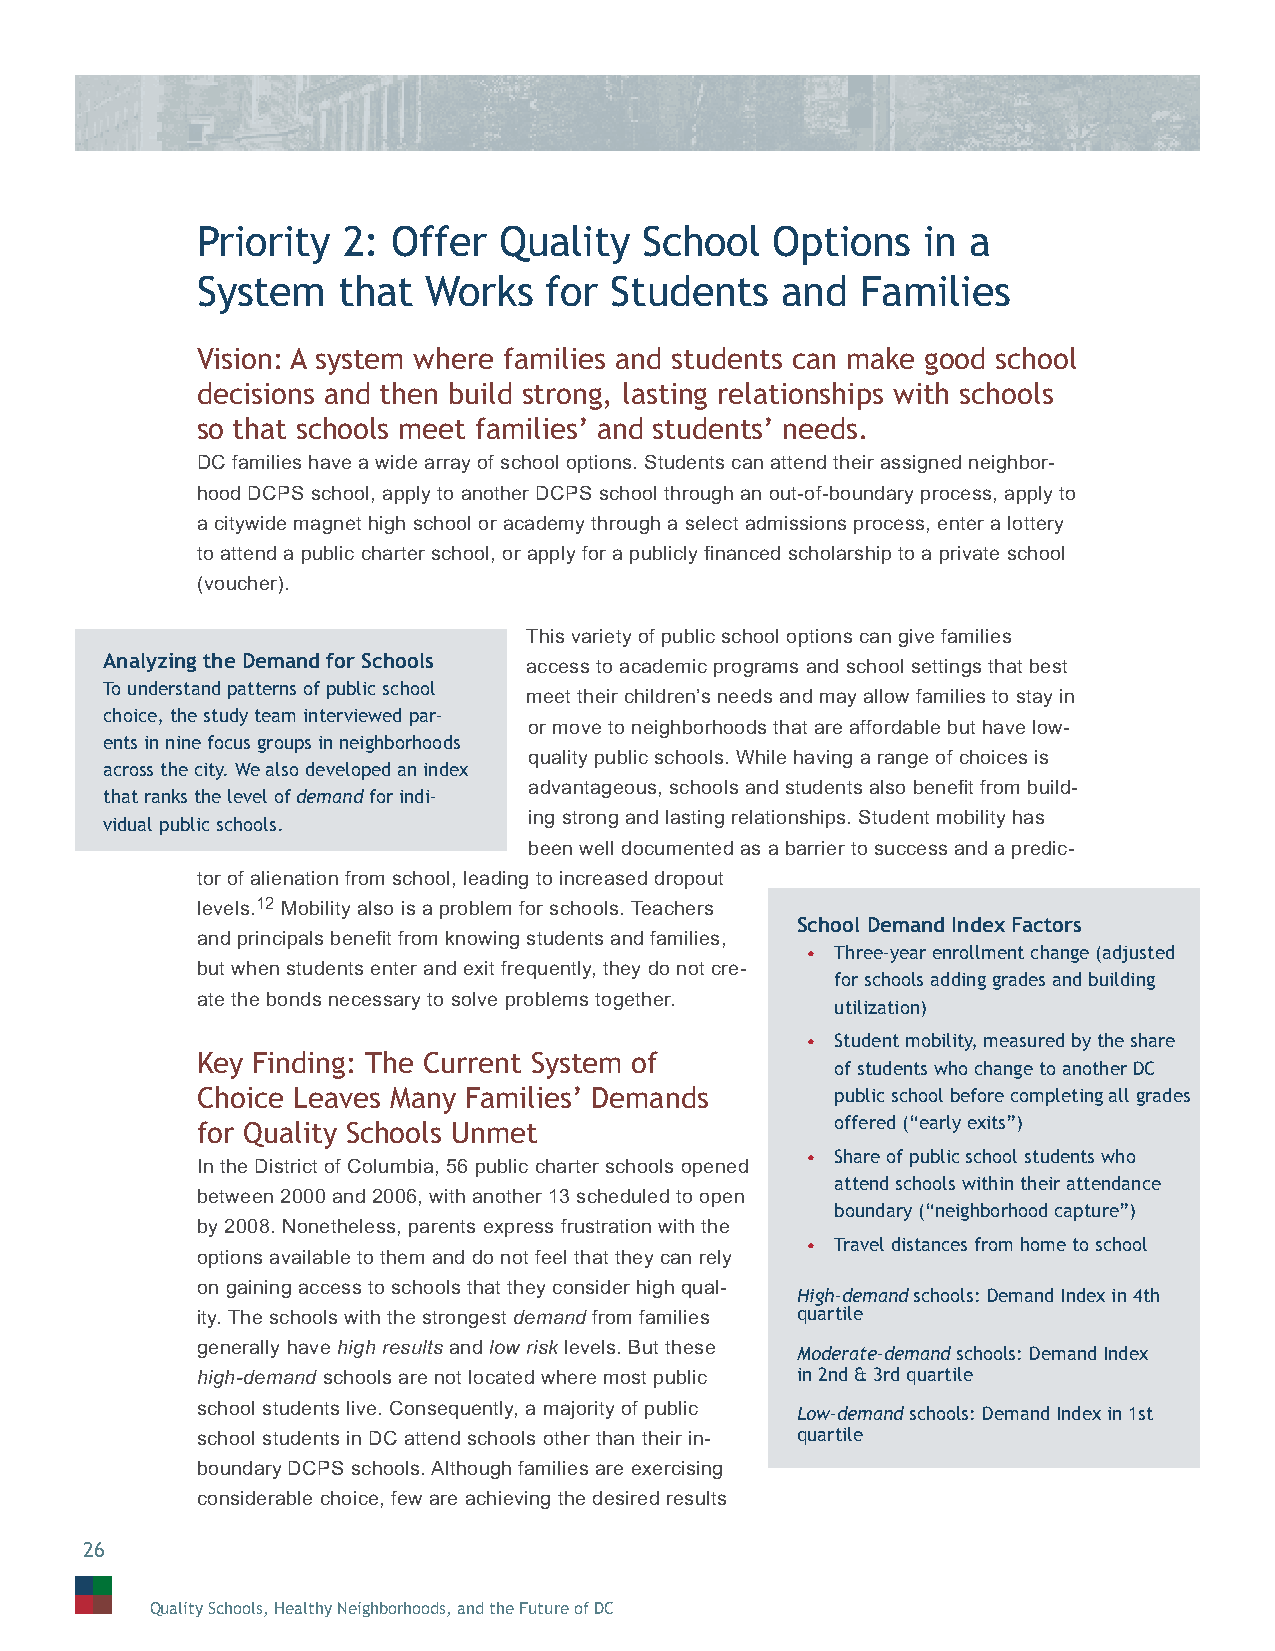
Priority  2: Offer  Quality   School  Options   in a
 System   that  Works   for Students    and  Families
 Vision: A system where families and students can make good school
 decisions and then build strong, lasting relationships with schools
 so that schools meet families’ and students’ needs.
 DC families have a wide array of school options. Students can attend their assigned neighbor-
 hood DCPS school, apply to another DCPS school through an out-of-boundary process, apply to
 a citywide magnet high school or academy through a select admissions process, enter a lottery
 to attend a public charter school, or apply for a publicly fi nanced scholarship to a private school
 (voucher).
 This variety of public school options can give families
 Analyzing the Demand for Schools access to academic programs and school settings that best
 To understand patterns of public school
 meet their children’s needs and may allow families to stay in
 choice, the study team interviewed par-
 or move to neighborhoods that are affordable but have low-
 ents in nine focus groups in neighborhoods
 quality public schools. While having a range of choices is
 across the city. We also developed an index
 advantageous, schools and students also benefi t from build-
 that ranks the level of demand for indi-
 ing strong and lasting relationships. Student mobility has
 vidual public schools.
 been well documented as a barrier to success and a predic-
 tor of alienation from school, leading to increased dropout
 levels.12 Mobility also is a problem for schools. Teachers
 School Demand Index Factors
 and principals benefi t from knowing students and families,
 • Three-year enrollment change (adjusted
 but when students enter and exit frequently, they do not cre-
 for schools adding grades and building
 ate the bonds necessary to solve problems together.
 utilization)
 • Student mobility, measured by the share
 Key Finding: The Current System of
 of students who change to another DC
 Choice Leaves Many Families’ Demands      public school before completing all grades
 for Quality Schools Unmet                 offered (“early exits”)
 • Share of public school students who
 In the District of Columbia, 56 public charter schools opened
 attend schools within their attendance
 between 2000 and 2006, with another 13 scheduled to open
 boundary (“neighborhood capture”)
 by 2008. Nonetheless, parents express frustration with the
 • Travel distances from home to school
 options available to them and do not feel that they can rely
 on gaining access to schools that they consider high qual-
 High-demand schools: Demand Index in 4th
 ity. The schools with the strongest demand from families quartile
 generally have high results and low risk levels. But these
 Moderate-demand schools: Demand Index
 high-demand schools are not located where most public in 2nd & 3rd quartile
 school students live. Consequently, a majority of public
 Low-demand schools: Demand Index in 1st
 school students in DC attend schools other than their in- quartile
 boundary DCPS schools. Although families are exercising
 considerable choice, few are achieving the desired results
 26
 Quality Schools, Healthy Neighborhoods, and the Future of DC